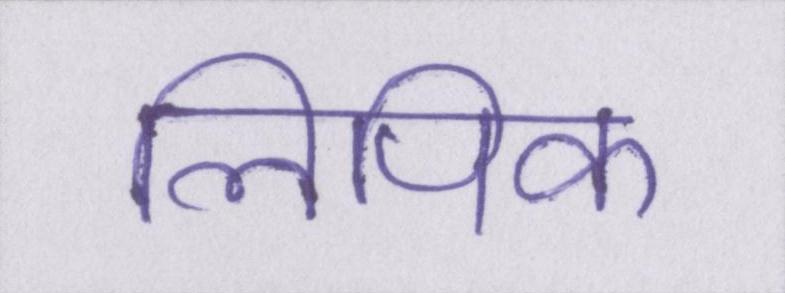
लिपिक